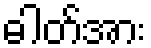
ဓါတ်အား